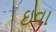
ઇવા